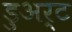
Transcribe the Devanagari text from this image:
डुअर्ट